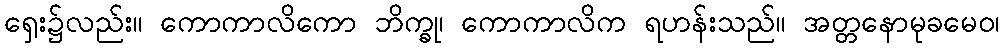
ရှေး၌လည်း။ ကောကာလိကော ဘိက္ခု၊ ကောကာလိက ရဟန်းသည်။ အတ္တနောမုခမေဝ၊